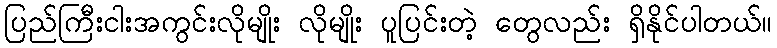
ပြည်ကြီးငါးအကွင်းလိုမျိုး လိုမျိုး ပူပြင်းတဲ့ တွေလည်း ရှိနိုင်ပါတယ်။